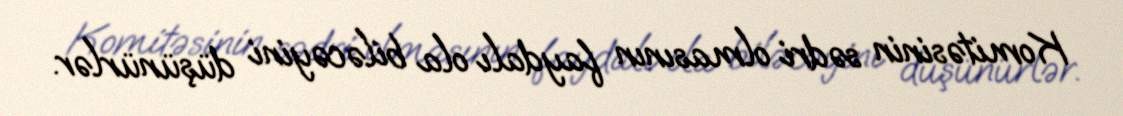
Komitəsinin sədri olmasının faydalı ola biləcəyini düşünürlər.